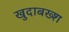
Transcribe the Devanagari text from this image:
खुदाबख्श